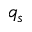
q _ { s }